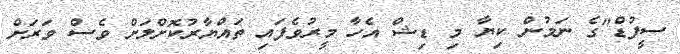
ސީފުޑް"ގެ ނަމުން ކިޔާ މި ޑިޝް އެހާ މީރުވެފައި ތައްޔާރުކޮށްލަށް ވެސް ވަރަށް